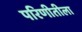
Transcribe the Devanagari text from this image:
परिणीतीला